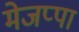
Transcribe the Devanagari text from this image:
मेजप्पा